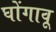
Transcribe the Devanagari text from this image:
घोंगावू